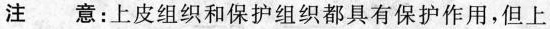
注意：上皮组织和保护组织都具有保护作用，但上